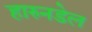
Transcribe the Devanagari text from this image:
हारुनडेल